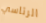
الرئاسي